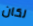
لكان